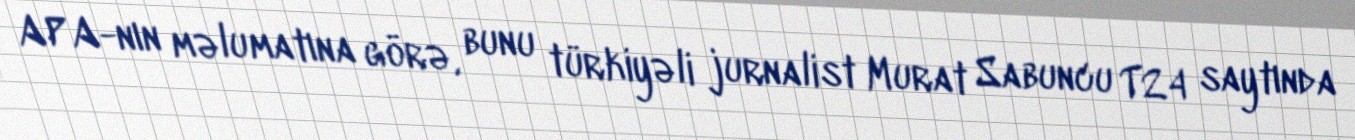
APA-nın məlumatına görə, bunu türkiyəli jurnalist Murat Sabuncu T24 saytında